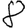
Digit: 8